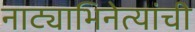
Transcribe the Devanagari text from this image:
नाट्याभिनेत्यांची